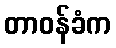
တာဝန်ခံက